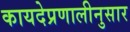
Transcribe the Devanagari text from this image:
कायदेप्रणालीनुसार